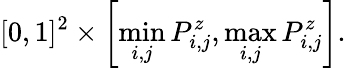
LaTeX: [0,1]^{2}\times\left[\operatorname*{min}_{i,j}P_{i,j}^{z},\operatorname*{max}_{i,j}P_{i,j}^{z}\right].